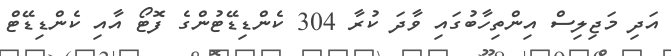
އަދި މަޖިލިސް އިންތިހާބުގައި ވާދަ ކުރާ 304 ކެންޑިޑޭޓުންގެ ފޮޓޯ އާއި ކެންޑިޑޭޓް